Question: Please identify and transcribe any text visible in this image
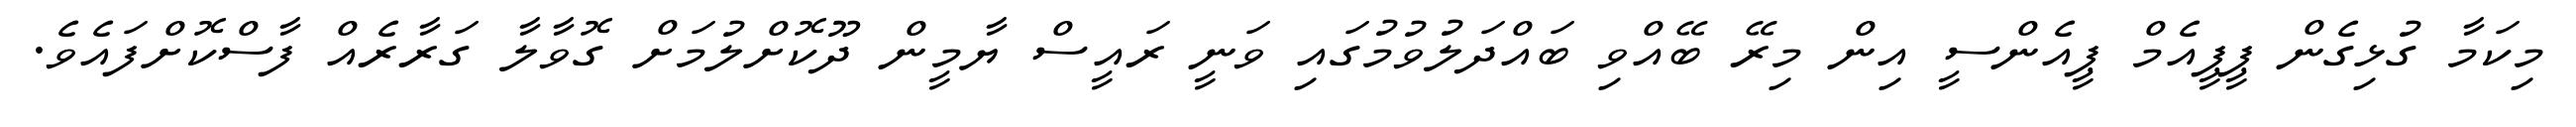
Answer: މިކަމާ ގުޅިގެން ޕީޕީއެމް ޕީއެންސީ އިން މިރޭ ބޭއްވި ބައްދަލުވުމުގައި ވަނީ ރައީސް ޔާމީން ދޫކޮށްލުމަށް ގޮވާލާ ގަރާރެއް ފާސްކޮށްފައެވެ.